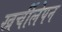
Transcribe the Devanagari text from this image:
खर्चीलेपन